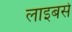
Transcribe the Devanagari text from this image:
लाइबसे